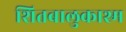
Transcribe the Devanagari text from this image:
शितबालुकाश्म